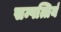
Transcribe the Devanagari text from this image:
सम्पत्तियं